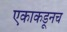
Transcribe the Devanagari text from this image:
एकाकडूनच